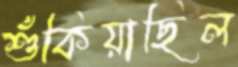
শুঁকিয়াছিল